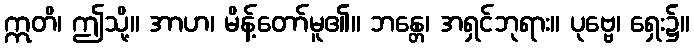
ဣတိ၊ ဤသို့။ အာဟ၊ မိန့်တော်မူ၏။ ဘန္တေ၊ အရှင်ဘုရား။ ပုဗ္ဗေ၊ ရှေး၌။